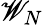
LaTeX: \mathscr{W}_{N}